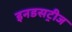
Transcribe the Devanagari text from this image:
इनडसट्रीज